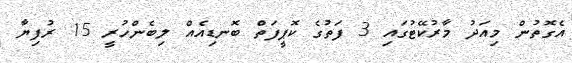
އެގޮތުން މިއަދު މާރުކޭޓުގައި 3 ފަތުގެ ކޮޕީފަތް ބޮނޑިއެއް ލިބެންހުރީ 15 ރުފިޔާ